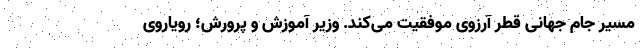
مسیر جام جهانی قطر آرزوی موفقیت می‌کند. وزیر آموزش و پرورش؛ رویاروی